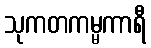
သုကတကမ္မကာရီ